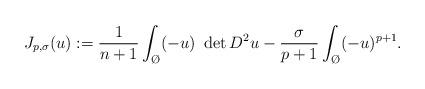
LaTeX: \begin{align*}J_{p,\sigma}(u) := \frac{1}{n+1}\int_{\O} (-u) \ \det D^2u - \frac{\sigma}{p+1} \int_{\O} (-u)^{p+1}.\end{align*}